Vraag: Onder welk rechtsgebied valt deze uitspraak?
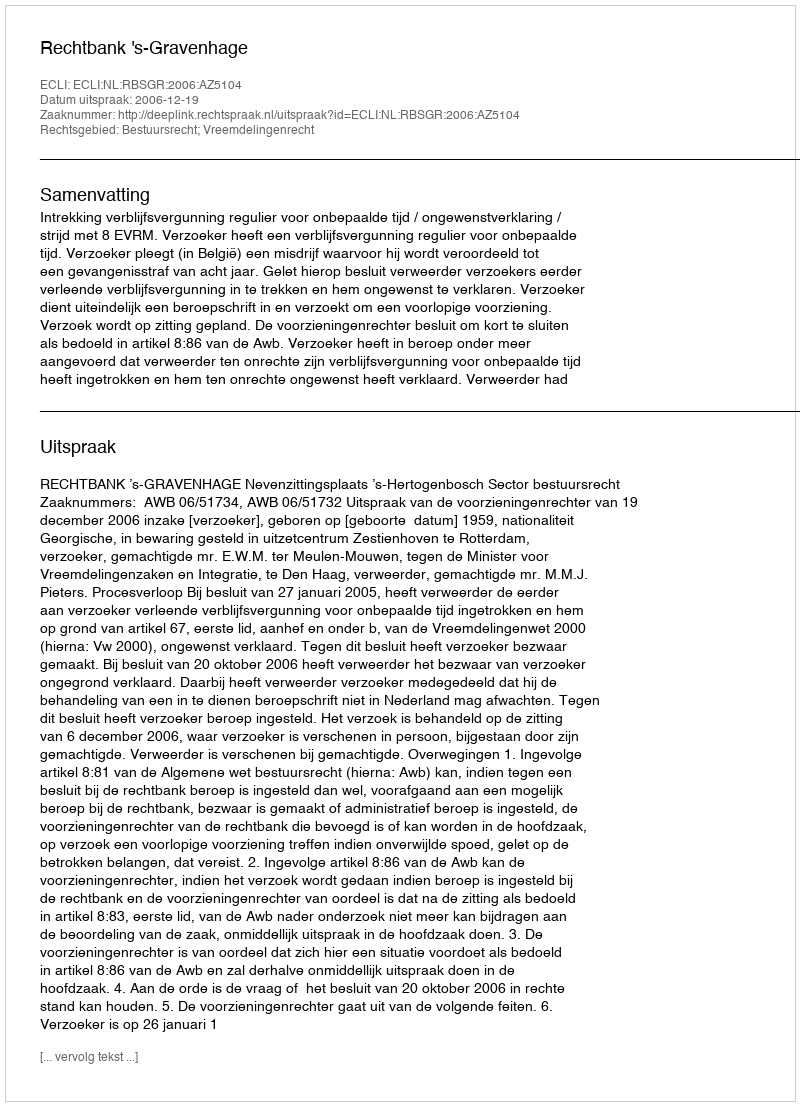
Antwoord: Bestuursrecht; Vreemdelingenrecht